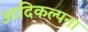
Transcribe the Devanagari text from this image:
आदिकल्पना